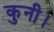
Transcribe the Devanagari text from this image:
कुनी।